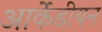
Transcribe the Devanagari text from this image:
आर्केडीयन